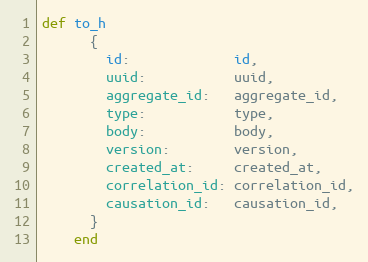
Language: Ruby
def to_h
      {
        id:             id,
        uuid:           uuid,
        aggregate_id:   aggregate_id,
        type:           type,
        body:           body,
        version:        version,
        created_at:     created_at,
        correlation_id: correlation_id,
        causation_id:   causation_id,
      }
    end